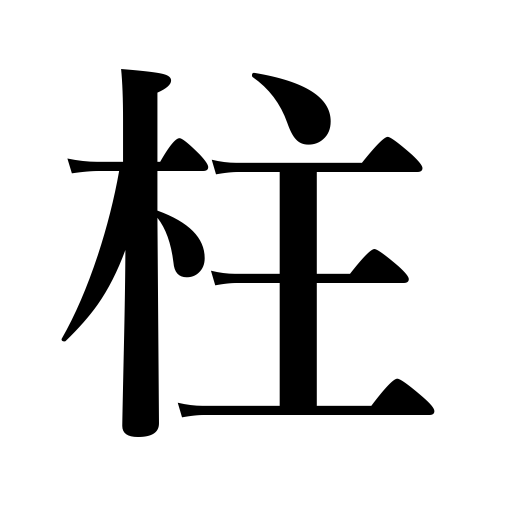
Meanings: pole,sole support,stay,pillar,support,prop,counter for Shinto gods,supports for strings on a lute,cylinder,column,post